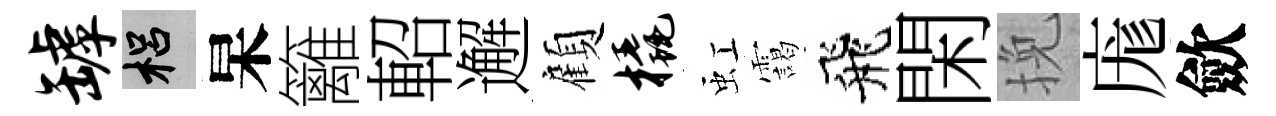
罅梠杲籬軺邂顧橇虹靄飛閑挽庬歛